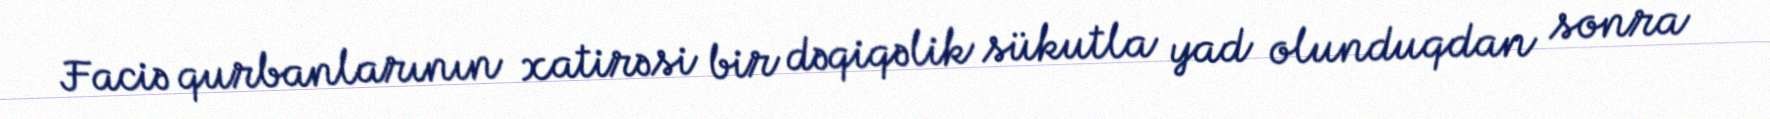
Faciə qurbanlarının xatirəsi bir dəqiqəlik sükutla yad olunduqdan sonra